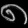
Digit: ၈